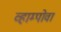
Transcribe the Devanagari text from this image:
व्हाम्पोवा